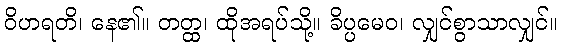
ဝိဟရတိ၊ နေ၏။ တတ္ထ၊ ထိုအရပ်သို့။ ခိပ္ပမေဝ၊ လျှင်စွာသာလျှင်။